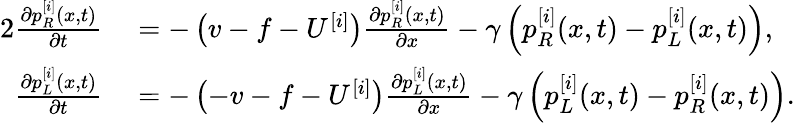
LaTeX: \begin{array}{rl}{{2}\frac{\partial p_{R}^{[i]}(x,t)}{\partial t}}&{{}=-\left(v-f-U^{[i]}\right)\frac{\partial p_{R}^{[i]}(x,t)}{\partial x}-\gamma\left(p_{R}^{[i]}(x,t)-p_{L}^{[i]}(x,t)\right),}\\ {\frac{\partial p_{L}^{[i]}(x,t)}{\partial t}}&{{}=-\left(-v-f-U^{[i]}\right)\frac{\partial p_{L}^{[i]}(x,t)}{\partial x}-\gamma\left(p_{L}^{[i]}(x,t)-p_{R}^{[i]}(x,t)\right).}\end{array}